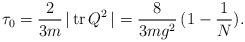
\begin{align*}\tau_0=\frac{2}{3m}\,\vert\,{\rm tr}\,Q^2\,\vert=\frac{8}{3mg^2}\,(1-\frac{1}{N}).\end{align*}